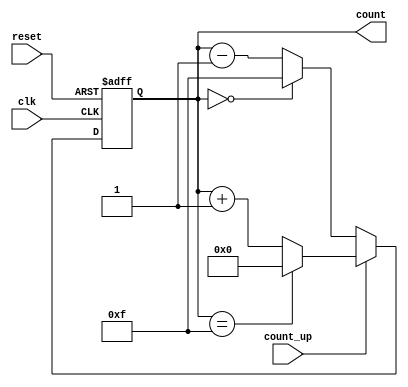
module multi_bit_counter #(
    parameter N = 4  // Bit width of the counter
)(
    input wire clk,           // Clock signal
    input wire reset,         // Asynchronous reset signal
    input wire count_up,      // Control signal to count up or down
    output reg [N-1:0] count  // N-bit output for the counter value
);

    // Maximum count value for N bits
    localparam MAX_COUNT = (1 << N) - 1;

    // Asynchronous reset and counting logic
    always @(posedge clk or posedge reset) begin
        if (reset) begin
            count <= 0;  // Reset the counter to 0
        end else begin
            if (count_up) begin
                if (count == MAX_COUNT) begin
                    count <= 0;  // Wrap around to 0
                end else begin
                    count <= count + 1;  // Increment the counter
                end
            end else begin
                if (count == 0) begin
                    count <= MAX_COUNT;  // Wrap around to MAX_COUNT
                end else begin
                    count <= count - 1;  // Decrement the counter
                end
            end
        end
    end

endmodule